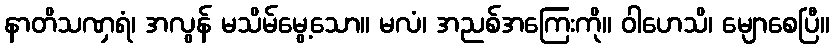
နာတိသဏှရံ၊ အလွန် မသိမ်မွေ့သော။ မလံ၊ အညစ်အကြေးကို။ ဝါဟေသိ၊ မျောစေပြီ။